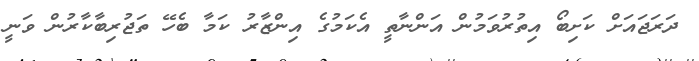
ދަރަޖައަށް ކަށިބޯ އިތުރުވަމުން އަންނާތީ އެކަމުގެ އިންޒާރު ކަމާ ބެހޭ ތަޖުރިބާކާރުން ވަނީ